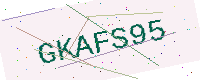
Text: GKAFS95